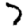
Digit: 7